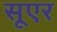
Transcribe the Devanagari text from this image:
सूएर